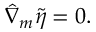
\hat { \nabla } _ { m } \tilde { \eta } = 0 .